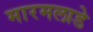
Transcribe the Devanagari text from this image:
मारमलाडे